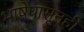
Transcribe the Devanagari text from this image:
भाषेपासूनही